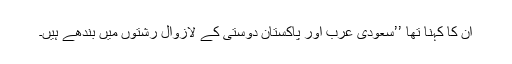
ان کا کہنا تھا ’’سعودی عرب اور پاکستان دوستی کے لازوال رشتوں میں بندھے ہیں۔